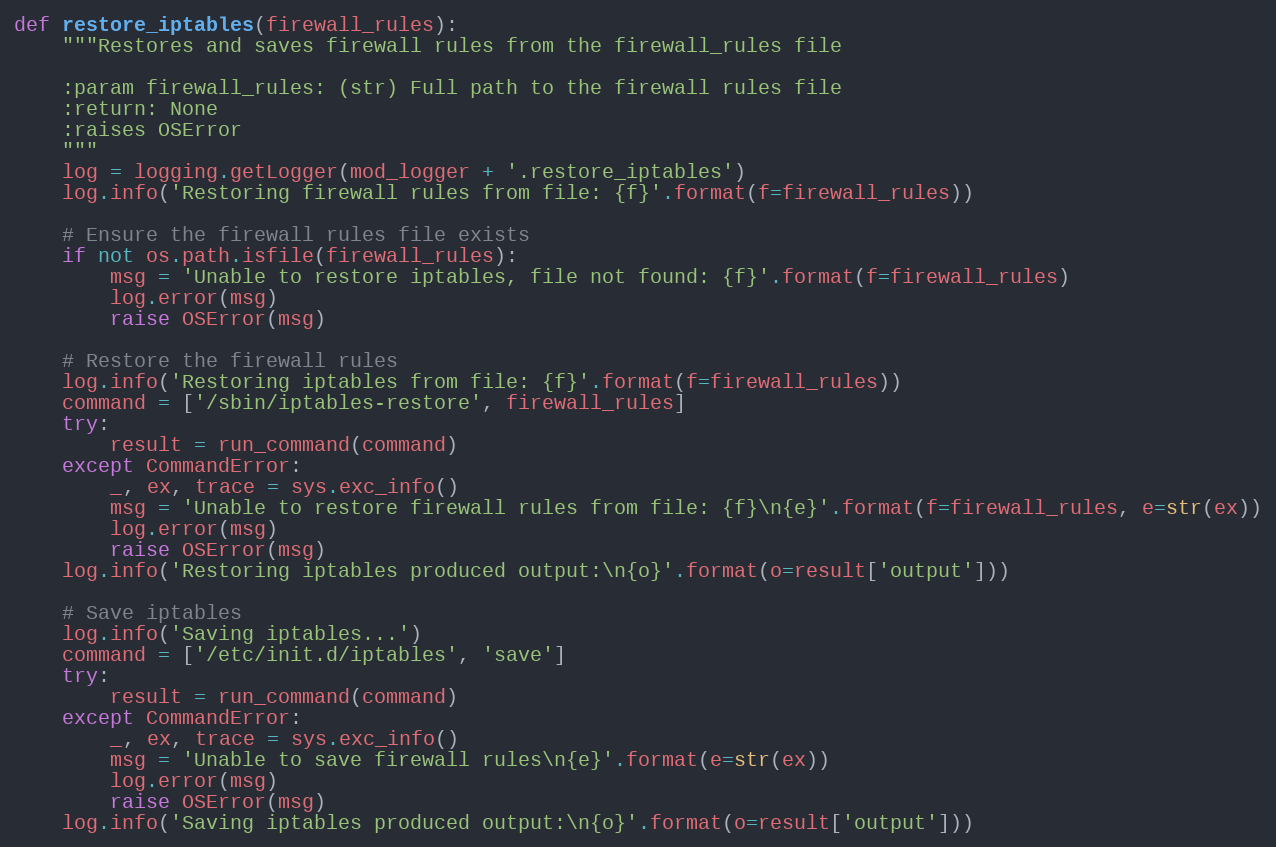
Language: Python
def restore_iptables(firewall_rules):
    """Restores and saves firewall rules from the firewall_rules file

    :param firewall_rules: (str) Full path to the firewall rules file
    :return: None
    :raises OSError
    """
    log = logging.getLogger(mod_logger + '.restore_iptables')
    log.info('Restoring firewall rules from file: {f}'.format(f=firewall_rules))

    # Ensure the firewall rules file exists
    if not os.path.isfile(firewall_rules):
        msg = 'Unable to restore iptables, file not found: {f}'.format(f=firewall_rules)
        log.error(msg)
        raise OSError(msg)

    # Restore the firewall rules
    log.info('Restoring iptables from file: {f}'.format(f=firewall_rules))
    command = ['/sbin/iptables-restore', firewall_rules]
    try:
        result = run_command(command)
    except CommandError:
        _, ex, trace = sys.exc_info()
        msg = 'Unable to restore firewall rules from file: {f}\n{e}'.format(f=firewall_rules, e=str(ex))
        log.error(msg)
        raise OSError(msg)
    log.info('Restoring iptables produced output:\n{o}'.format(o=result['output']))

    # Save iptables
    log.info('Saving iptables...')
    command = ['/etc/init.d/iptables', 'save']
    try:
        result = run_command(command)
    except CommandError:
        _, ex, trace = sys.exc_info()
        msg = 'Unable to save firewall rules\n{e}'.format(e=str(ex))
        log.error(msg)
        raise OSError(msg)
    log.info('Saving iptables produced output:\n{o}'.format(o=result['output']))